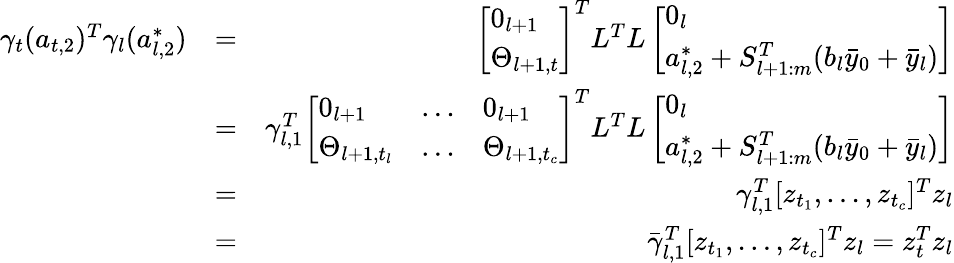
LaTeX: \begin{array}{rlr}{\gamma_{t}(a_{t,2})^{T}\gamma_{l}(a_{l,2}^{*})}&{=}&{\left[\begin{array}{l}{0_{l+1}}\\ {\Theta_{l+1,t}}\end{array}\right]^{T}L^{T}L\left[\begin{array}{l}{0_{l}}\\ {a_{l,2}^{*}+S_{l+1:m}^{T}(b_{l}\bar{y}_{0}+\bar{y}_{l})}\end{array}\right]}\\ &{=}&{\gamma_{l,1}^{T}\left[\begin{array}{lll}{0_{l+1}}&{\dots}&{0_{l+1}}\\ {\Theta_{l+1,t_{l}}}&{\dots}&{\Theta_{l+1,t_{c}}}\end{array}\right]^{T}L^{T}L\left[\begin{array}{l}{0_{l}}\\ {a_{l,2}^{*}+S_{l+1:m}^{T}(b_{l}\bar{y}_{0}+\bar{y}_{l})}\end{array}\right]}\\ &{=}&{\gamma_{l,1}^{T}[z_{t_{1}},\dots,z_{t_{c}}]^{T}z_{l}}\\ &{=}&{\bar{\gamma}_{l,1}^{T}[z_{t_{1}},\dots,z_{t_{c}}]^{T}z_{l}=z_{t}^{T}z_{l}}\end{array}